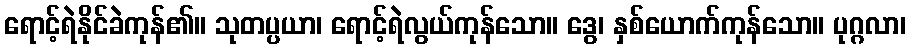
ရောင့်ရဲနိုင်ခဲကုန်၏။ သုတပ္ပယာ၊ ရောင့်ရဲလွယ်ကုန်သော။ ဒွေ၊ နှစ်ယောက်ကုန်သော။ ပုဂ္ဂလာ၊